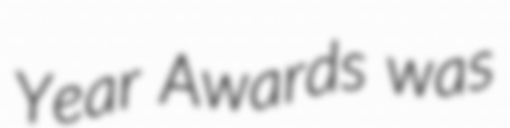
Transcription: Year Awards was